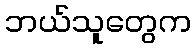
ဘယ်သူတွေက